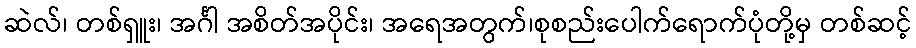
ဆဲလ်၊ တစ်ရှူး၊ အင်္ဂါ အစိတ်အပိုင်း၊ အရေအတွက်၊စုစည်းပေါက်ရောက်ပုံတို့မှ တစ်ဆင့်